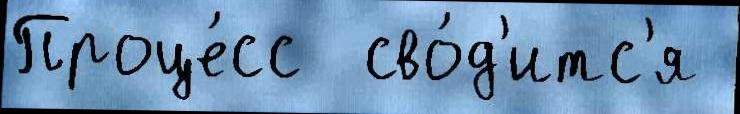
Проце́сс  сво́д'итс'я